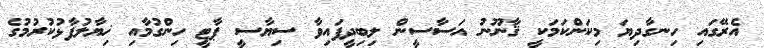
އެރޭގައި ހިނގާދިޔަ މިކަންކަމަކީ ޤާނޫނު އަސާސީން ލިބިދީފައިވާ ސިޔާސީ ޕާޓީ ހިންގުމާއި ޚިޔާލުފާޅުކުރުމުގެ